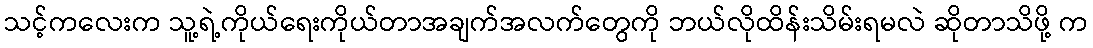
သင့်ကလေးက သူ့ရဲ့ကိုယ်ရေးကိုယ်တာအချက်အလက်တွေကို ဘယ်လိုထိန်းသိမ်းရမလဲ ဆိုတာသိဖို့ က